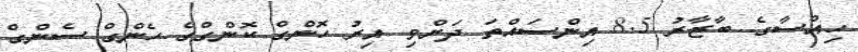
ހިއްސާގެ ބާޒާރު 8.5 އިންސައްތަ ދަށްވި އިރު ހޮންގް ކޮންގްގެ ހެންގް ސެންގް